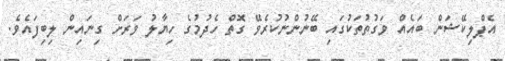
އެޕްލިކޭޝަން ބައެއް ވަގުތުތަކުގައި ބޭނުންނުކުރެވޭ ގޮތް ހެދުމުގެ ހިޔާލު ވަރަށް ގިނައިން ލިބިފައެވެ.